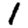
Digit: 1